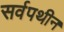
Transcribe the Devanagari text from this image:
सर्वपथीन